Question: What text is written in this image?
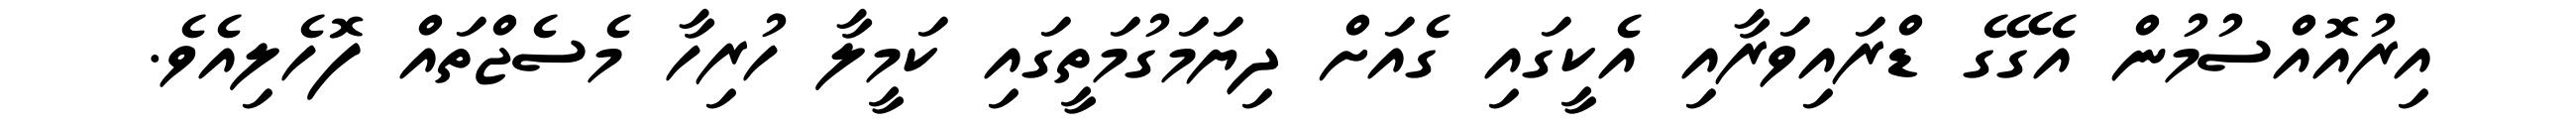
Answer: އިރުއޮއްސުމުން އެގޭގެ ޑްރައިވަރާއި އެކީގައި ގެއަށް ދިޔަމަގުމަތީގައި ކަމީލާ ހުރިހާ މެސެޖްތައް ފޮހެލިއެވެ.